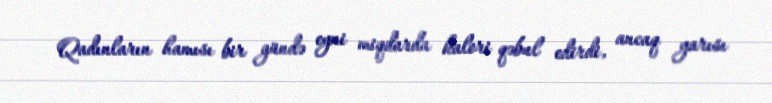
Qadınların hamısı bir gündə eyni miqdarda kalori qəbul edirdi, ancaq yarısı